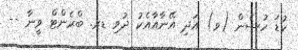
ކުޑަ ހުސެން (ވ) އަދި އޭނާއާއެކު ދުވި ޑރ. ބްރެންޓް ވީނާ --